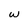
Character: w